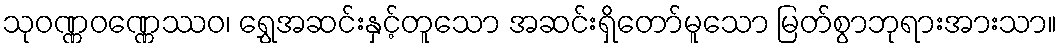
သုဝဏ္ဏဝဏ္ဏေဿဝ၊ ရွှေအဆင်းနှင့်တူသော အဆင်းရှိတော်မူသော မြတ်စွာဘုရားအားသာ။